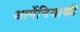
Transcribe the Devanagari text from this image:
आर्मेनियाकी